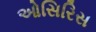
ઓસિરિસ